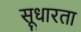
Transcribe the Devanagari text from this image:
सूधारता